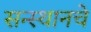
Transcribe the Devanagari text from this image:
सन्स्थानचे